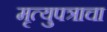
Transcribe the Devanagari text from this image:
मृत्युपत्राचा